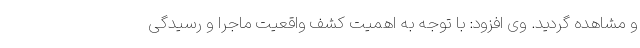
و مشاهده گردید. وی افزود: با توجه به اهمیت کشف واقعیت ماجرا و رسیدگی